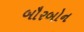
બૌરબોન